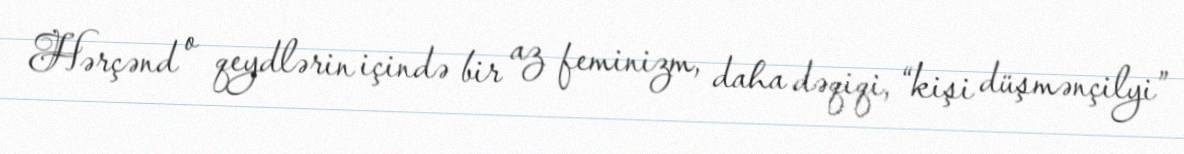
Hərçənd o qeydlərin içində bir az feminizm, daha dəqiqi, “kişi düşmənçilyi”